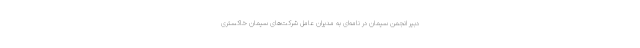
دبیر انجمن سیمان در نامه‌ای به مدیران عامل شرکت‌های سیمان خاکستری